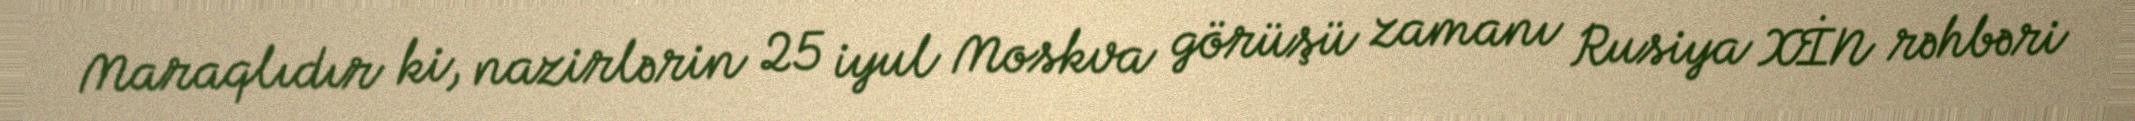
Maraqlıdır ki, nazirlərin 25 iyul Moskva görüşü zamanı Rusiya XİN rəhbəri